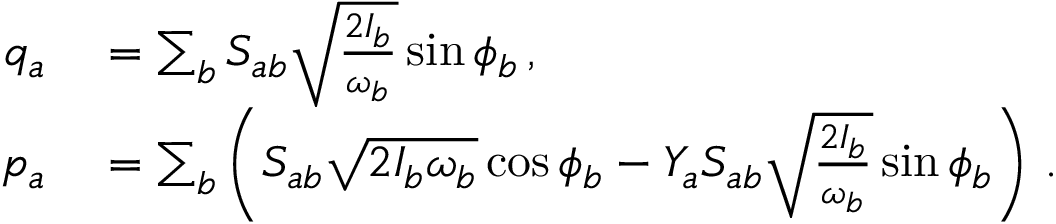
\begin{array} { r l } { q _ { a } } & { { } = \sum _ { b } S _ { a b } \sqrt { \frac { 2 I _ { b } } { \omega _ { b } } } \sin \phi _ { b } \, , } \\ { p _ { a } } & { { } = \sum _ { b } \left( S _ { a b } \sqrt { 2 I _ { b } \omega _ { b } } \cos \phi _ { b } - Y _ { a } S _ { a b } \sqrt { \frac { 2 I _ { b } } { \omega _ { b } } } \sin \phi _ { b } \right) \, . } \end{array}